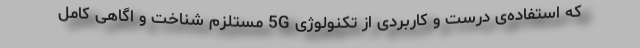
که استفاده‌ی درست و کاربردی از تکنولوژِی 5G مستلزم شناخت و اگاهی کامل